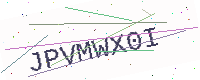
Text: JPVMWX0I